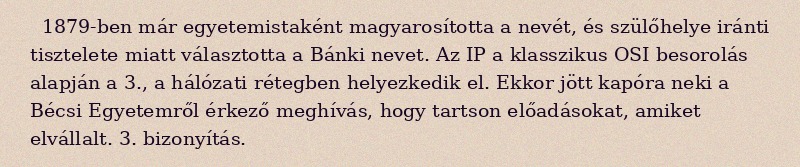
1879-ben már egyetemistaként magyarosította a nevét, és szülőhelye iránti tisztelete miatt választotta a Bánki nevet. Az IP a klasszikus OSI besorolás alapján a 3., a hálózati rétegben helyezkedik el. Ekkor jött kapóra neki a Bécsi Egyetemről érkező meghívás, hogy tartson előadásokat, amiket elvállalt. 3. bizonyítás.